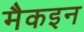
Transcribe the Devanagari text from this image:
मैकइन